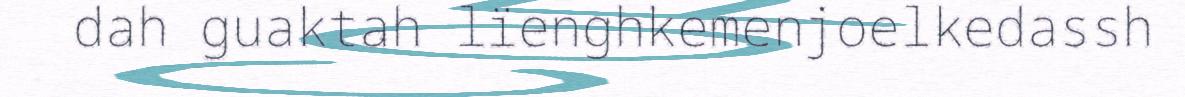
dah guaktah lïenghkemenjoelkedassh